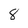
Character: 8